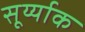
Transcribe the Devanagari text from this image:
सूर्य्याक